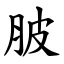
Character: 䏢